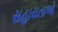
સહાયતાઓ